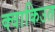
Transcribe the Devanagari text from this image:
क्वाकिउत